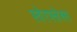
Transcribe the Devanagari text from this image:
स्वेरफ्लेक्स